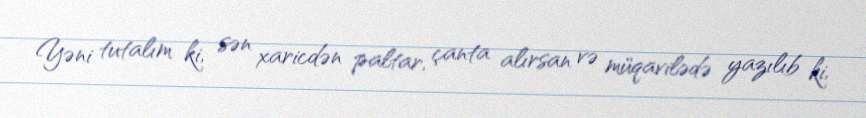
Yəni tutalım ki, sən xaricdən paltar, çanta alırsan və müqavilədə yazılıb ki,